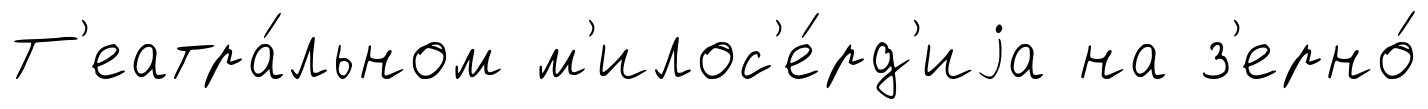
Т'еатра́льном м'илос'е́рд'иjа на з'ерно́